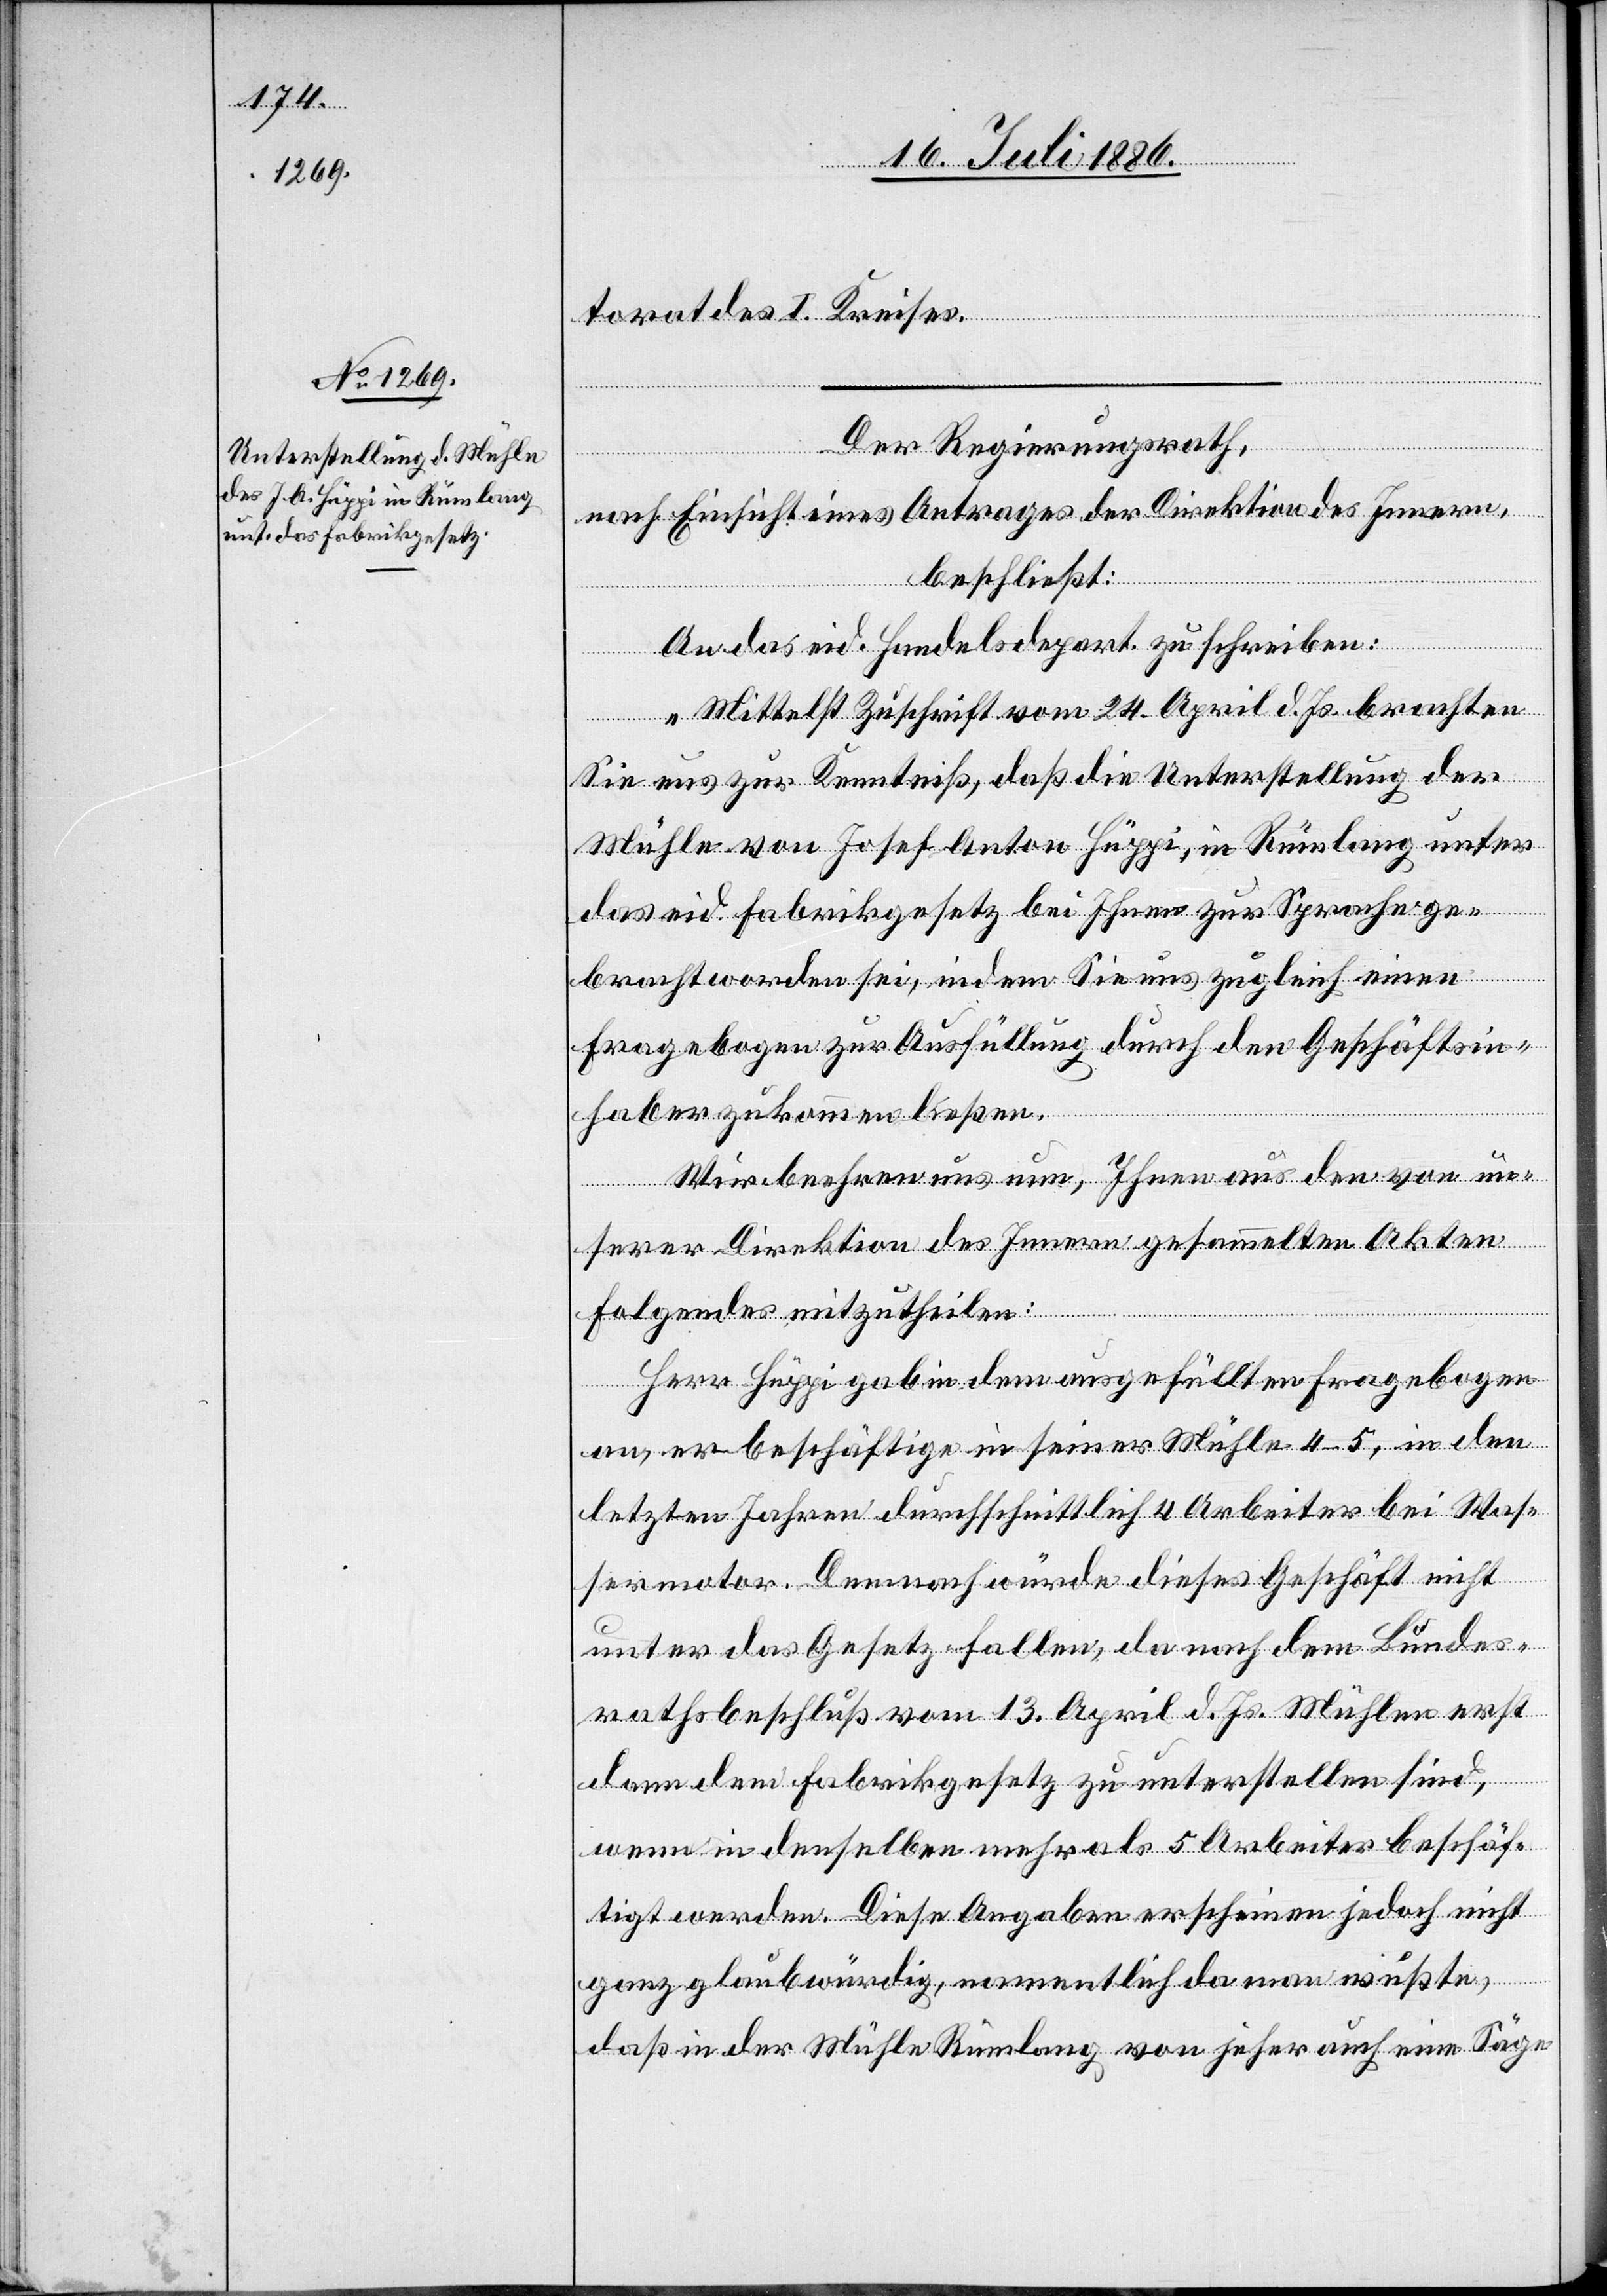
torat des I. Kreises.
Der Regierungsrath,
nach Einsicht eines Antrages der Direktion des Innern,
beschließt:
An das eid. Handelsdepart. zu schreiben:
„Mittelst Zuschrift vom 24. April d. Js. brachten
Sie uns zur Kenntniß, daß die Unterstellung der
Mühle von Josef Anton Hüppi, in Rümlang unter
das eid. Fabrikgesetz bei Ihnen zur Sprache ge¬
bracht worden sei, indem Sie uns zugleich einen
Fragebogen zur Ausfüllung durch den Geschäftsin¬
haber zukommen ließen.
Wir beehren uns nun, Ihnen aus den von un¬
serer Direktion des Innern gesammelten Akten
Folgendes mitzutheilen:
Herr Hüppi gab in dem ausgefüllten Fragebogen
an, er beschäftige in seiner Mühle 4–5, in den
letzten Jahren durchschnittlich 4 Arbeiter bei Was¬
sermotor. Demnach würde dieses Geschäft nicht
unter das Gesetz fallen, da nach dem Bundes¬
rathsbeschluß vom 13. April d. Js. Mühlen erst
dann dem Fabrikgesetz zu unterstellen sind,
wenn in denselben mehr als 5 Arbeiter beschäf¬
tigt werden. Diese Angaben erscheinen jedoch nicht
ganz glaubwürdig, namentlich da man wußte,
daß in der Mühle Rümlang von jeher auch eine Säge